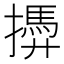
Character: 𢶚